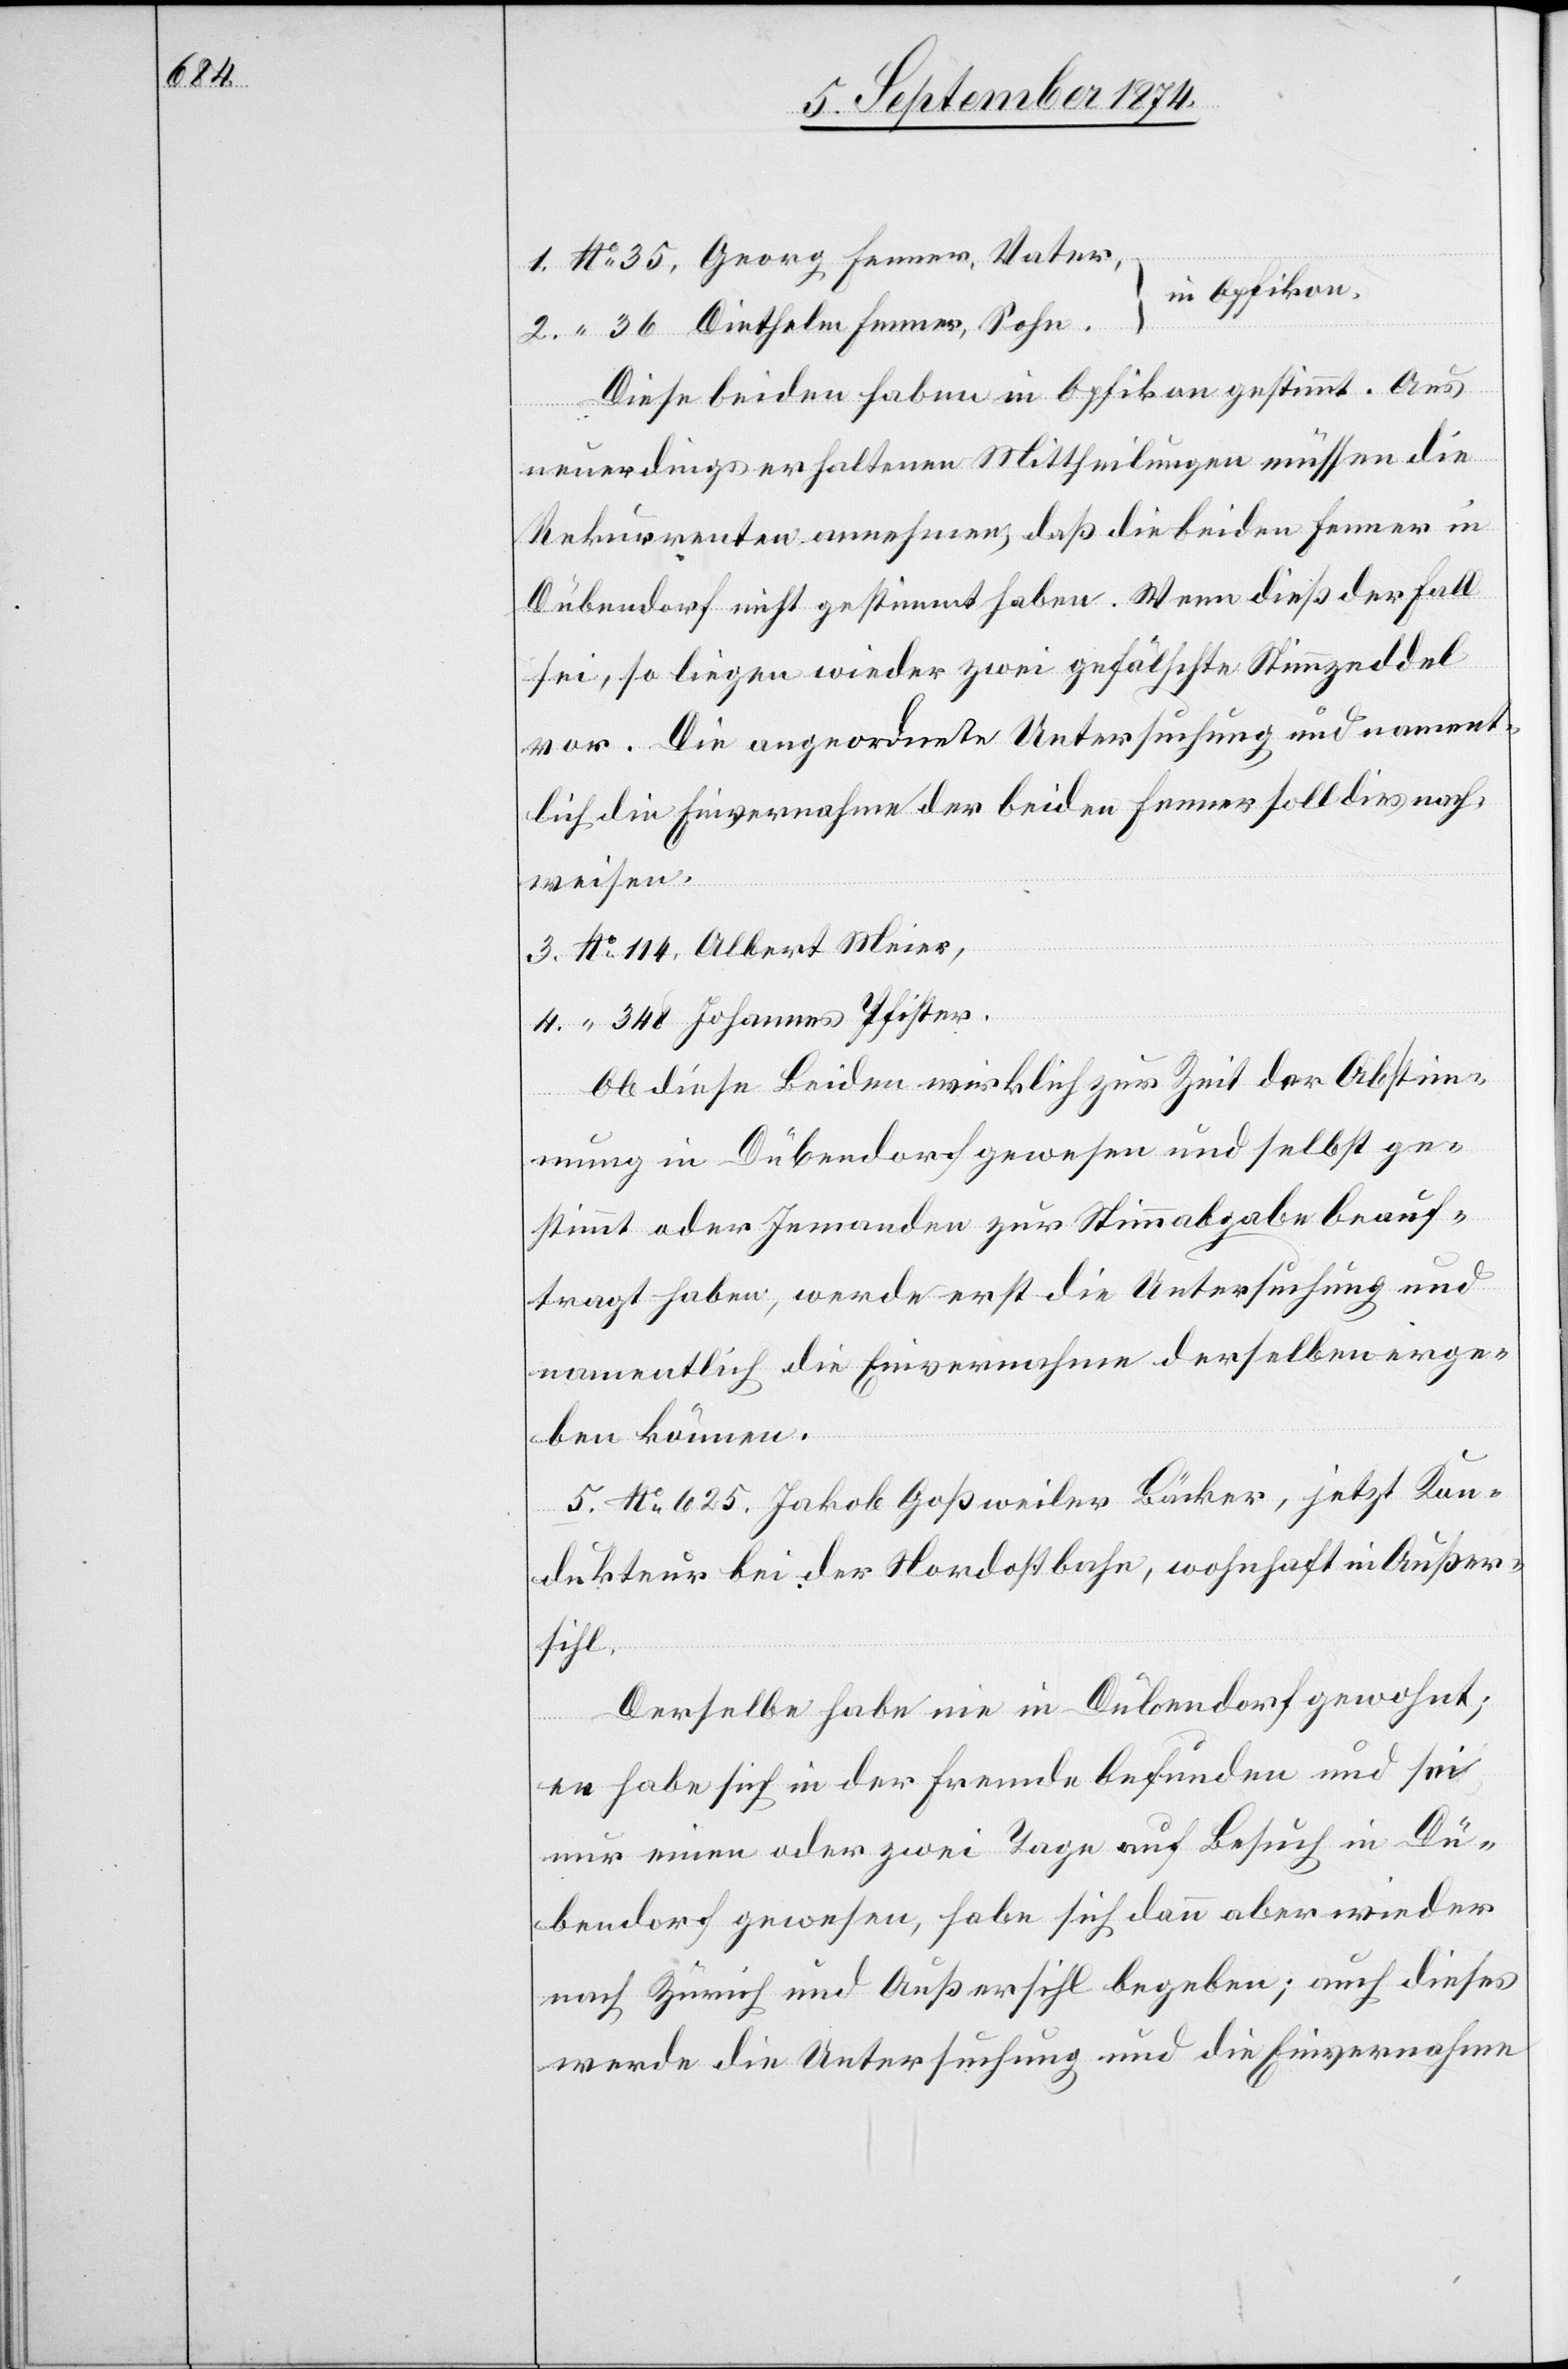
114,

in Opfikon.
Diese beiden haben in Opfikon gestimmt. Aus
neuerdings erhaltenen Mittheilungen müssen die
Rekurrenten annehmen, daß die beiden Fenner in
Dübendorf nicht gestimmt haben. Wenn dieß der Fall
sei, so liegen wieder zwei gefälschte Stimmzeddel
vor. Die angeordnete Untersuchung und nament¬
lich die Einvernahme der beiden Fenner soll dies nach¬
weisen.
Ob diese Beiden wirklich zur Zeit der Abstim¬
mung in Dübendorf gewesen und selbst ge¬
stimmt oder Jemanden zur Stimmabgabe beauf¬
tragt haben, werde erst die Untersuchung und
namentlich die Einvernahme derselben erge¬
ben können.
4.
5. No 625. Jakob Goßweiler[,] Bäcker, jetzt Kon¬
dukteur bei der Nordostbahn, wohnhaft in Außer¬
sihl.
Derselbe habe nie in Dübendorf gewohnt;
}
er habe sich in der Fremde befunden und sei
nur einen oder zwei Tage auf Besuch in Dü¬
bendorf gewesen, habe sich dann aber wieder
nach Zürich und Außersihl begeben; auch dieses
werde die Untersuchung und die Einvernahme